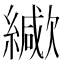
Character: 𦆃